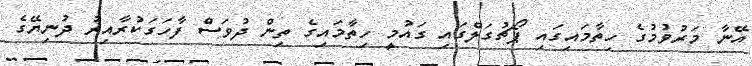
އޭނާ މަރުވުމުގެ ހިތާމައިގައި ޕޯޗުގަލްގައި ގައުމީ ހިތާމައިގެ ތިން ދުވަސް ފާހަގަކުރާއިރު ދުނިޔޭގެ